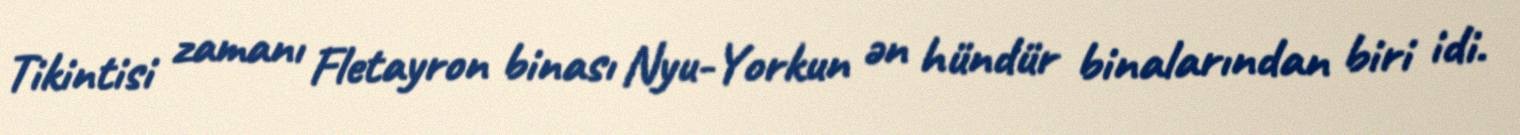
Tikintisi zamanı Fletayron binası Nyu-Yorkun ən hündür binalarından biri idi.